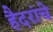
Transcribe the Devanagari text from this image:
हैदरांचे